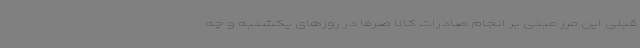
قبلی این مرز مبنی بر انجام صادرات کالا صرفا در روزهای یکشنبه و چه